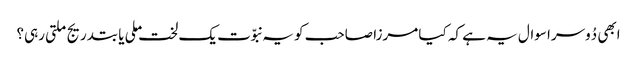
ابھی دُوسرا سوال یہ ہے کہ کیا مرزا صاحب کو یہ نبوّت یک لخت ملی یا بتدریج ملتی رہی؟